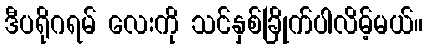
ဒီပရိုဂရမ် လေးကို သင်နှစ်ခြိုက်ပါလိမ့်မယ်။